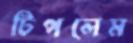
টিপলেম